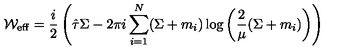
{ \cal W } _ { \mathrm { e f f } } = \frac { i } { 2 } \left( \hat { \tau } \Sigma - { 2 \pi i } \sum _ { i = 1 } ^ { N } ( \Sigma + m _ { i } ) \log \left( \frac { 2 } { \mu } ( \Sigma + m _ { i } ) \right) \right)